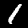
Label: 1